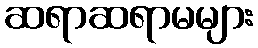
ဆရာဆရာမများ